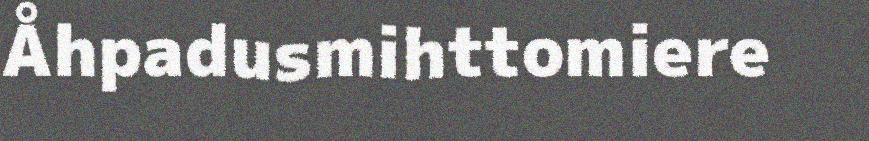
Åhpadusmihttomiere